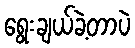
ရွေးချယ်ခဲ့တာပဲ